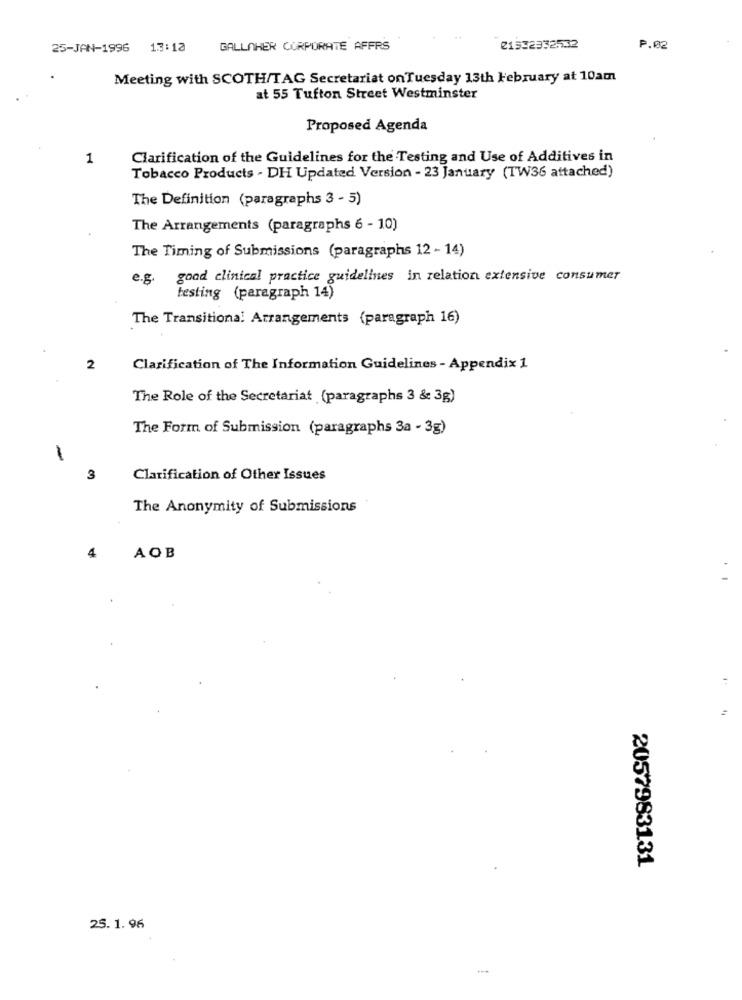
25-JAN-1996 13:12
GALLAHER CORPORATE AFFRS
21532332532
P.02
Meeting with SCOTH/TAG Secretariat onTuesday 13th February at 10am
at 55 Tufton Street Westminster
Proposed Agenda
1
Clarification of the Guidelines for the Testing and Use of Additives in
Tobacco Products - DH Updated Version - 23 January (TW36 attached)
The Definition (paragraphs 3 - 5)
The Arrangements (paragraphs 6 - 10)
The Timing of Submissions (paragraphs 12 - 14)
e.g.
good clinical practice guidelines in relation extensive consumer
testing (paragraph 14)
The Transitiona! Arrangements (paragraph 16)
2
Clarification of The Information Guidelines - Appendix 1
The Role of the Secretariat (paragraphs 3 & 3g)
The Form of Submission (paragraphs 3a - 3g)
-
3
Clarification of Other Issues
The Anonymity of Submissions
4
AOB
2057983131
25.1.96